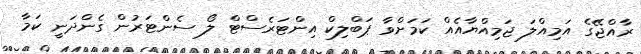
ރާއްޖޭގެ އަމިއްލަ ޖަމިއްޔާއެއް ކަމަށްވާ ޕަބްލިކް އިންޓަރެސްޓް ލޯ ސެންޓަރުން ގެންދަނީ ކަމާ